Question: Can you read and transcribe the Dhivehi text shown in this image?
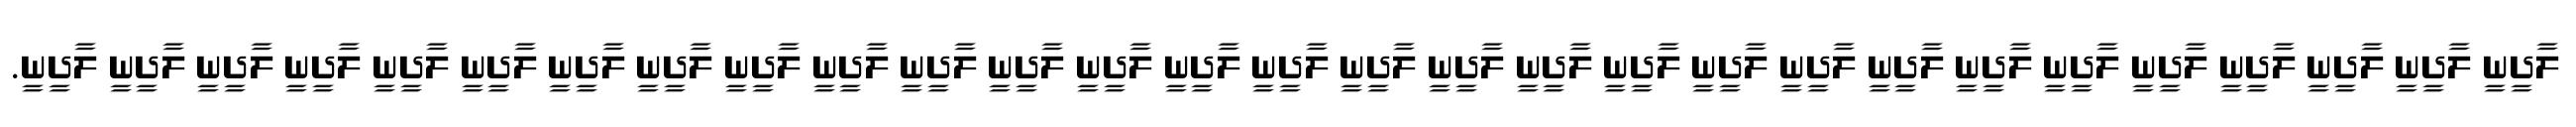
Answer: ލާދީނީ ލާދީނީ ލާދީނީ ލާދީނީ ލާދީނީ ލާދީނީ ލާދީނީ ލާދީނީ ލާދީނީ ލާދީނީ ލާދީނީ ލާދީނީ ލާދީނީ ލާދީނީ ލާދީނީ ލާދީނީ ލާދީނީ ލާދީނީ ލާދީނީ ލާދީނީ ލާދީނީ ލާދީނީ ލާދީނީ ލާދީނީ ލާދީނީ ލާދީނީ ލާދީނީ ލާދީނީ ލާދީނީ.